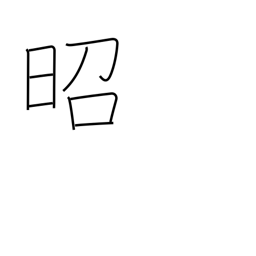
Meaning: shining